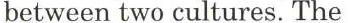
between two cultures. The